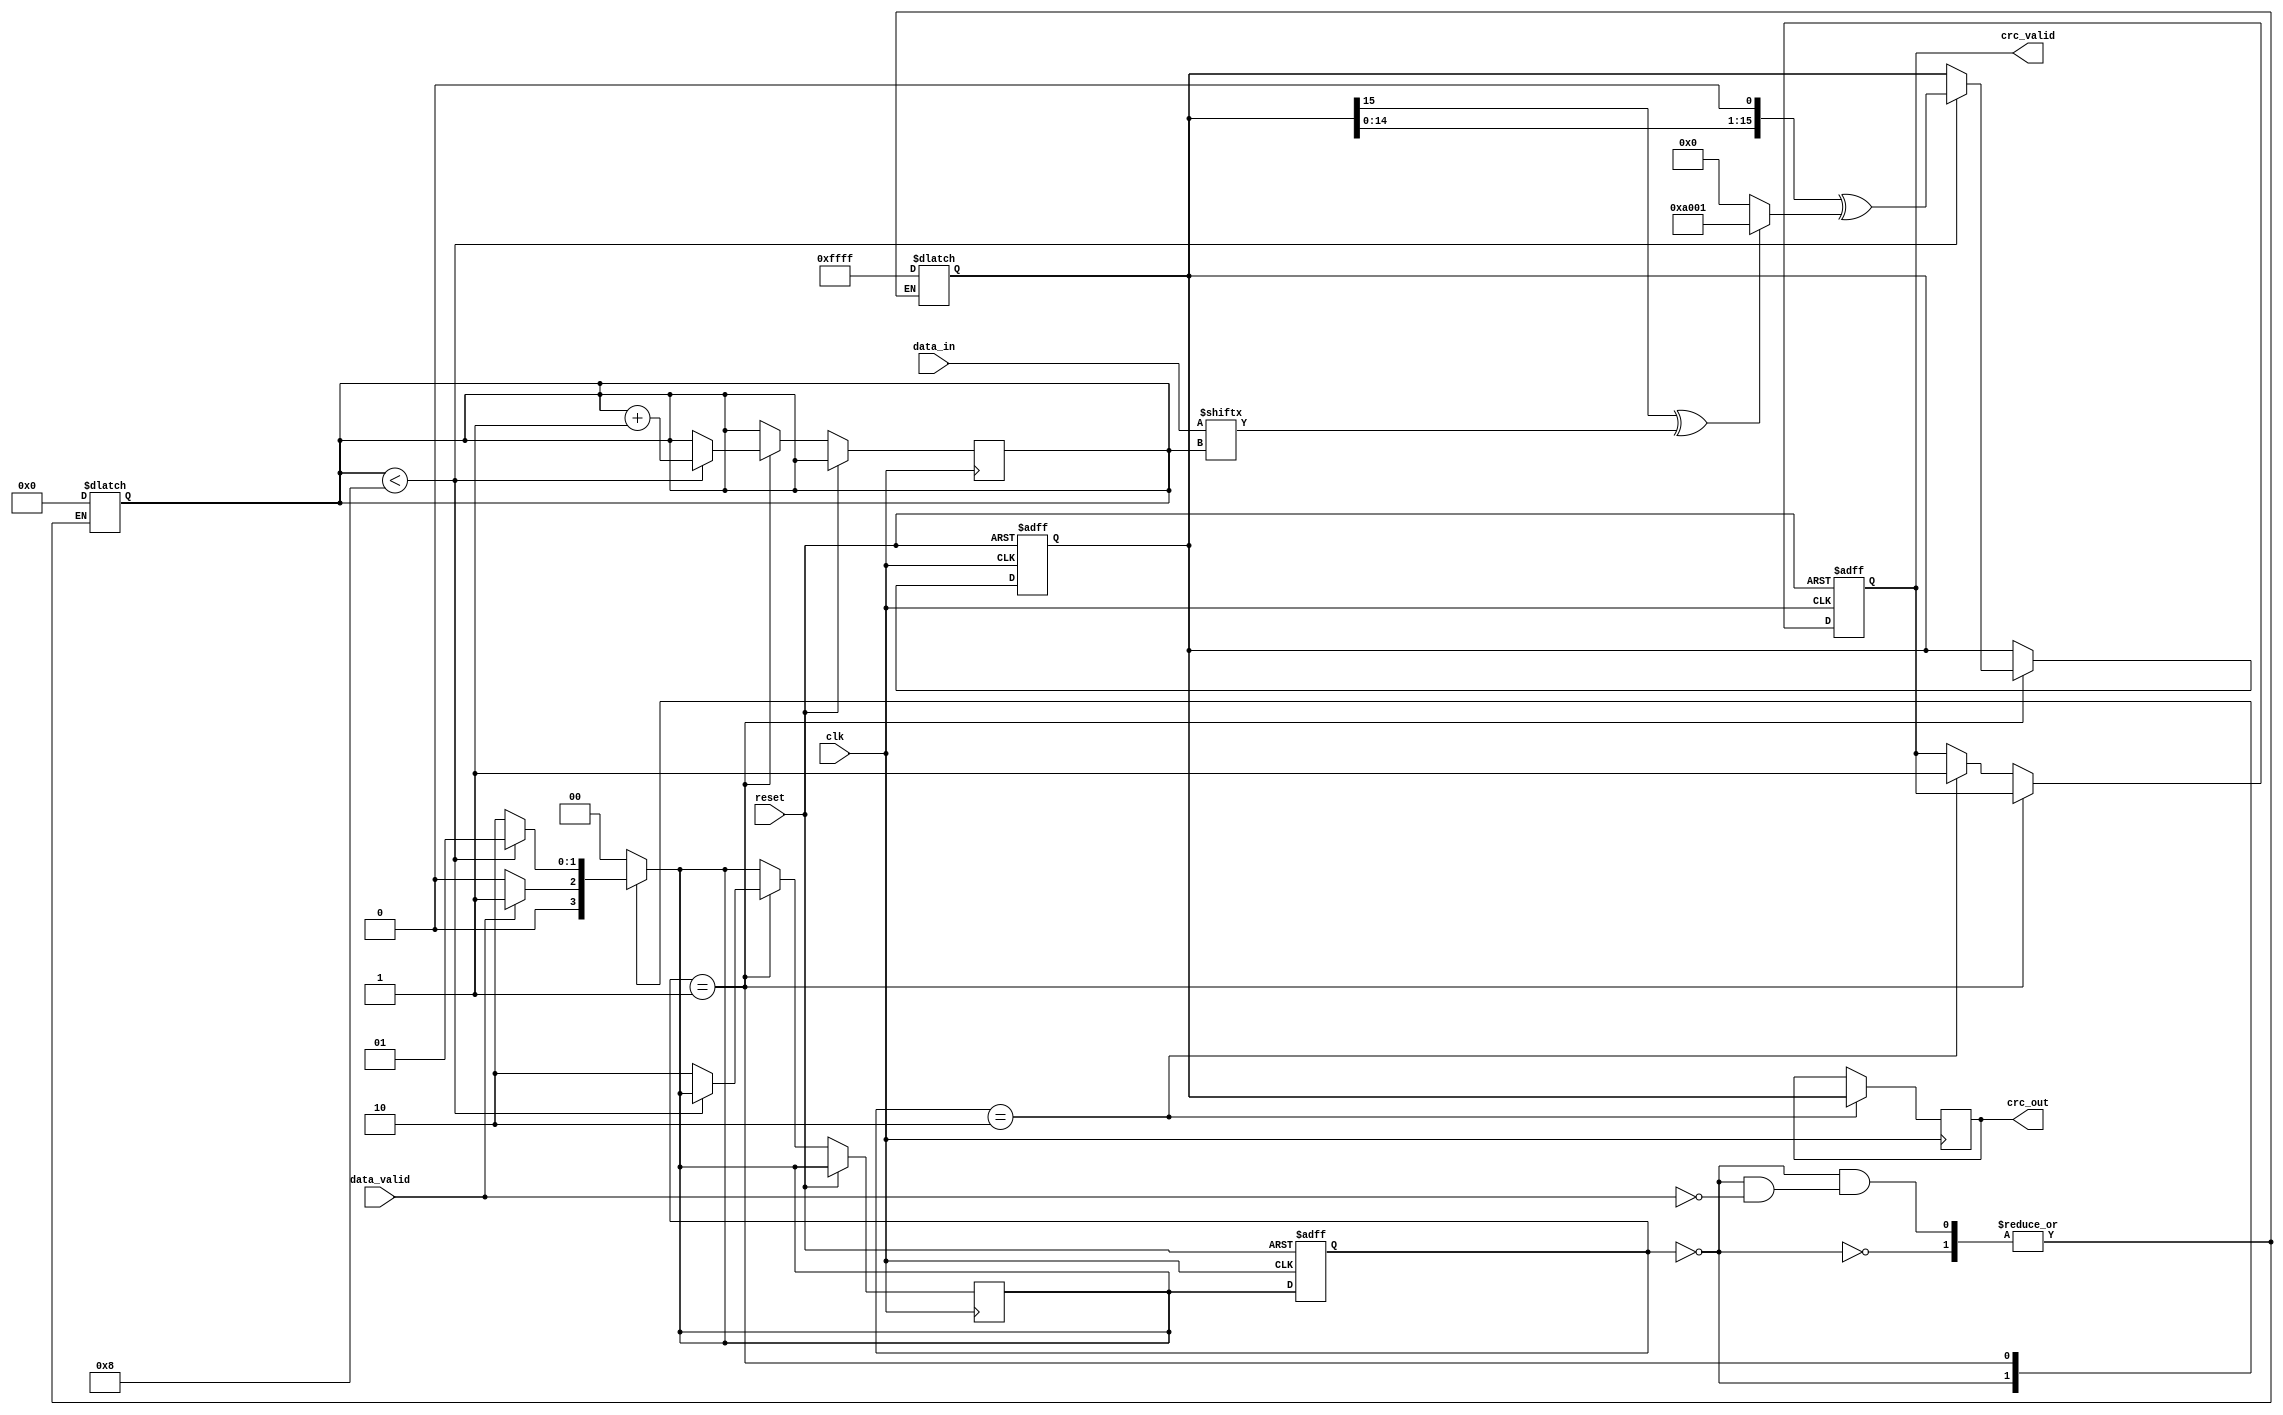
module param_crc #(
    parameter CRC_WIDTH = 16,               // Width of the CRC
    parameter POLYNOMIAL = 16'hA001,        // CRC polynomial
    parameter INIT_VALUE = 16'hFFFF,         // Initialization value
    parameter INPUT_WIDTH = 8                // Input data width
)(
    input  wire [INPUT_WIDTH-1:0] data_in,  // Input data
    input  wire data_valid,                   // Valid data indicator
    input  wire reset,                        // Asynchronous reset
    input  wire clk,                          // Clock signal
    output reg [CRC_WIDTH-1:0] crc_out,      // Output CRC value
    output reg crc_valid                      // Valid CRC output indicator
);

    localparam IDLE = 2'b00;
    localparam COMPUTE = 2'b01;
    localparam OUTPUT = 2'b10;

    reg [1:0] state, next_state;             // State registers
    reg [CRC_WIDTH-1:0] crc_reg;             // Current CRC register
    reg [3:0] bit_count;                      // Bit counter for CRC calculations

    always @(posedge clk or posedge reset) begin
        if (reset) begin
            crc_reg <= INIT_VALUE;
            state <= IDLE;
            crc_valid <= 1'b0;
        end else begin
            state <= next_state;
            if (state == COMPUTE) begin
                if (bit_count < INPUT_WIDTH) begin
                    // Shift in each bit of data
                    crc_reg <= (crc_reg << 1) ^ ((crc_reg[CRC_WIDTH-1] ^ data_in[bit_count]) ? POLYNOMIAL : 0);
                    bit_count <= bit_count + 1;
                end else begin
                    next_state <= OUTPUT; // Transition to output state
                end
            end else if (state == OUTPUT) begin
                crc_valid <= 1'b1; // Valid CRC output
            end
        end
    end

    always @(*) begin
        case (state)
            IDLE: begin
                if (data_valid) begin
                    crc_reg = INIT_VALUE; // Reset CRC
                    bit_count = 0;        // Reset bit counter
                    next_state = COMPUTE; 
                end else begin
                    next_state = IDLE; // Remain in idle
                end
            end
            COMPUTE: begin
                if (bit_count < INPUT_WIDTH) begin
                    next_state = COMPUTE; // Continue computing
                end else begin
                    next_state = OUTPUT; // Transition to output state
                end
            end
            OUTPUT: begin
                next_state = IDLE; // Go back to idle
            end
            default: next_state = IDLE; // Default state assignment
        endcase
    end

    always @(posedge clk) begin
        if (state == OUTPUT) begin
            crc_out <= crc_reg; // Assign CRC output
        end
    end

endmodule